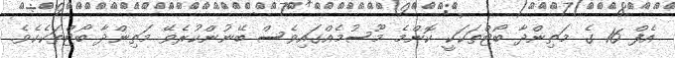
އެފް 16 ގެ މަތިންދާ ބޯޓްތަކަކީ ކޮންމެ މޫސުމެއްގައިވެސް ބޭނުންކުރެވޭ މަތިންދާ ބޯޓްތަކެކެވެ.